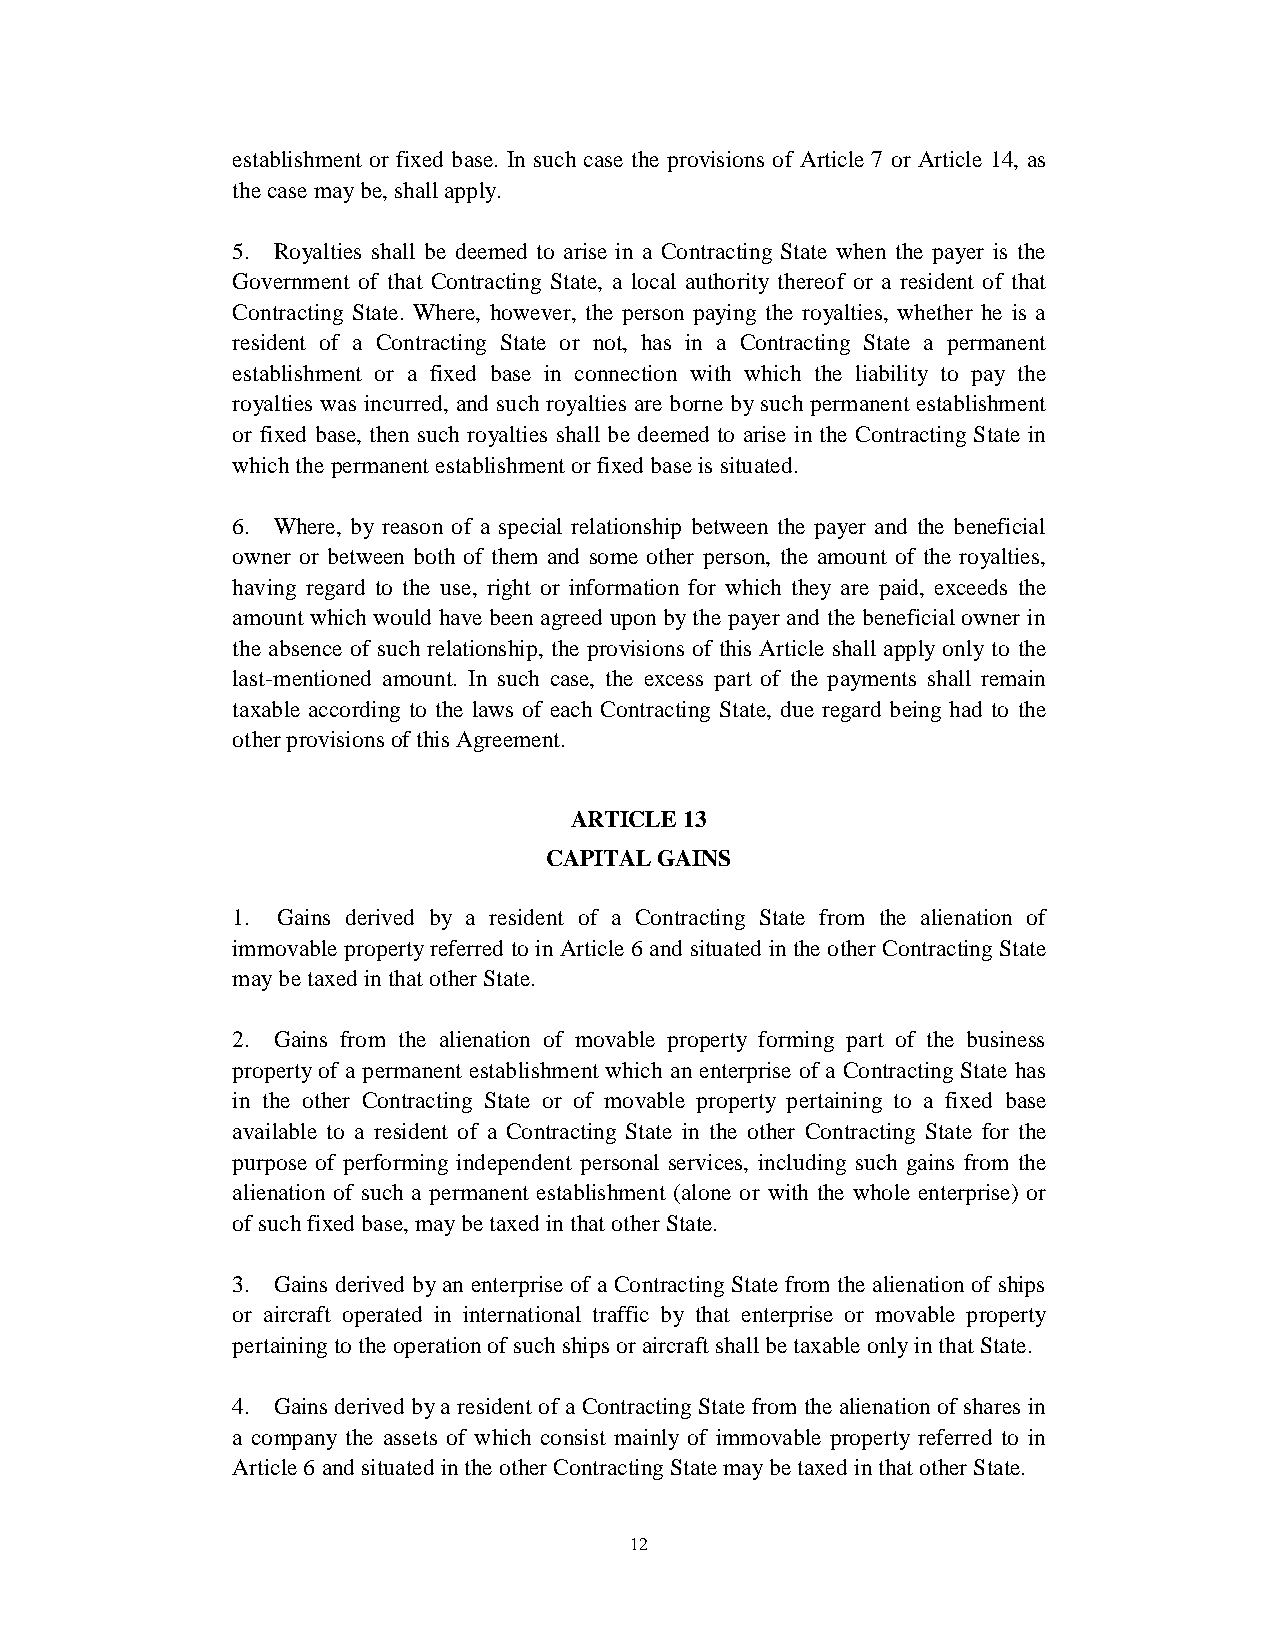
establishment or fixed base. In such case the provisions of Article 7 or Article 14, as
 the case may be, shall apply.
 5. Royalties shall be deemed to arise in a Contracting State when the payer is the
 Government of that Contracting State, a local authority thereof or a resident of that
 Contracting State. Where, however, the person paying the royalties, whether he is a
 resident of a Contracting State or not, has in a Contracting State a permanent
 establishment or a fixed base in connection with which the liability to pay the
 royalties was incurred, and such royalties are borne by such permanent establishment
 or fixed base, then such royalties shall be deemed to arise in the Contracting State in
 which the permanent establishment or fixed base is situated.
 6. Where, by reason of a special relationship between the payer and the beneficial
 owner or between both of them and some other person, the amount of the royalties,
 having regard to the use, right or information for which they are paid, exceeds the
 amount which would have been agreed upon by the payer and the beneficial owner in
 the absence of such relationship, the provisions of this Article shall apply only to the
 last-mentioned amount. In such case, the excess part of the payments shall remain
 taxable according to the laws of each Contracting State, due regard being had to the
 other provisions of this Agreement.
 ARTICLE 13
 CAPITAL GAINS
 1. Gains derived by a resident of a Contracting State from the alienation of
 immovable property referred to in Article 6 and situated in the other Contracting State
 may be taxed in that other State.
 2. Gains from the alienation of movable property forming part of the business
 property of a permanent establishment which an enterprise of a Contracting State has
 in the other Contracting State or of movable property pertaining to a fixed base
 available to a resident of a Contracting State in the other Contracting State for the
 purpose of performing independent personal services, including such gains from the
 alienation of such a permanent establishment (alone or with the whole enterprise) or
 of such fixed base, may be taxed in that other State.
 3. Gains derived by an enterprise of a Contracting State from the alienation of ships
 or aircraft operated in international traffic by that enterprise or movable property
 pertaining to the operation of such ships or aircraft shall be taxable only in that State.
 4. Gains derived by a resident of a Contracting State from the alienation of shares in
 a company the assets of which consist mainly of immovable property referred to in
 Article 6 and situated in the other Contracting State may be taxed in that other State.
 12